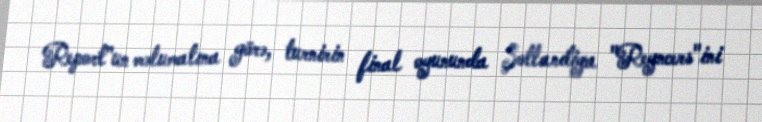
Report"un məlumatına görə, turnirin final oyununda Şotlandiya "Reyncers"ini